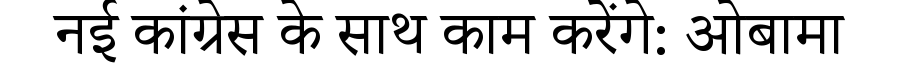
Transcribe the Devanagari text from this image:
नई कांग्रेस के साथ काम करेंगे: ओबामा